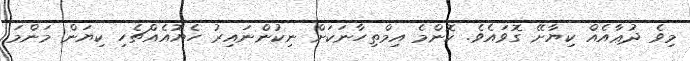
މިވެ ދުޢާއެއް ކިޔާށޭ ގޮވައެވެ. ކޮންމެ އިމްތިހާނަކަށް ނިކުންނައިރު ހެޔޮއެއްޗެހި ކިޔަން މަންމަ